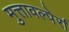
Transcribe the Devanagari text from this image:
मुत्तावल्पेर्रा